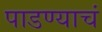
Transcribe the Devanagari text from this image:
पाडण्याचं